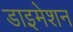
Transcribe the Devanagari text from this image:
डाइमेशन